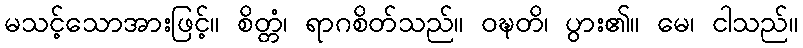
မသင့်သောအားဖြင့်။ စိတ္တံ၊ ရာဂစိတ်သည်။ ဝဍ္ဎတိ၊ ပွား၏။ မေ၊ ငါသည်။